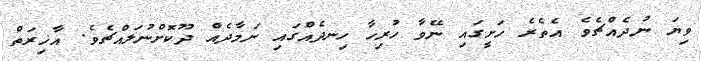
ވިޔަ ނުދެއްޗެވެ އެތެރެ ހަށީގައި ނޭވާ ހުރިހާ ހިނދެއްގައި ނަމާދެއް ދޫކޮށްނުލައްޗެވެ. އާޚިރަތް